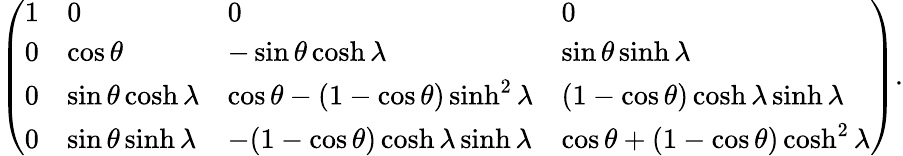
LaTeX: \left(\begin{array}{llll}{{1}}&{{0}}&{{0}}&{{0}}\\ {{0}}&{{\cos\theta}}&{{-\sin\theta\cosh\lambda}}&{{\sin\theta\sinh\lambda}}\\ {{0}}&{{\sin\theta\cosh\lambda}}&{{\cos\theta-(1-\cos\theta)\sinh^{2}\lambda}}&{{(1-\cos\theta)\cosh\lambda\sinh\lambda}}\\ {{0}}&{{\sin\theta\sinh\lambda}}&{{-(1-\cos\theta)\cosh\lambda\sinh\lambda}}&{{\cos\theta+(1-\cos\theta)\cosh^{2}\lambda}}\end{array}\right).